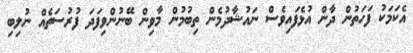
އެކަމަކު ފަހަތުން ދާން އުޅެފައިވެސް ނައުޝާދުމެން ތިބުމުން މާވިން ބޭނުންވިފަދަ ފުރުސަތެއް ނުލިބި